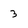
Character: 3